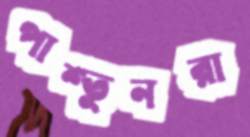
পাশ্তুনরা